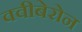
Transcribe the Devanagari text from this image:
क्वीबेरोन